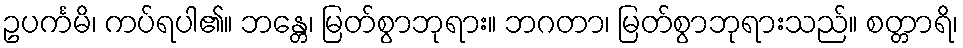
ဥပင်္ကမိ၊ ကပ်ရပါ၏။ ဘန္တေ၊ မြတ်စွာဘုရား။ ဘဂတာ၊ မြတ်စွာဘုရားသည်။ စတ္တာရိ၊